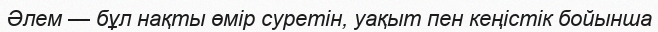
Әлем — бұл нақты өмір суретін, уақыт пен кеңістік бойынша